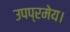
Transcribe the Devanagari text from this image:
उपप्रमेय।